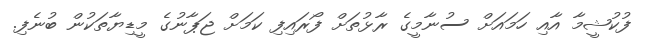
ފުކުޝީމާ އާއި ހަމައަށް ސުނާމީގެ ރާޅުތަށް ފޯރައިފި ކަމަށް ޖަޕާނުގެ މީޑިޔާތަކުން ބުނެފި.